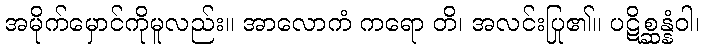
အမိုက်မှောင်ကိုမူလည်း။ အာလောကံ ကရော တိ၊ အလင်းပြု၏။ ပဋိစ္ဆန္နံဝါ၊